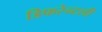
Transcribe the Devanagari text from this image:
डिफरेन्टली